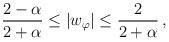
LaTeX: \begin{align*}\frac{2 - \alpha}{2 + \alpha} \leq |w_{\varphi}| \leq \frac{2}{2 +\alpha} \,,\end{align*}